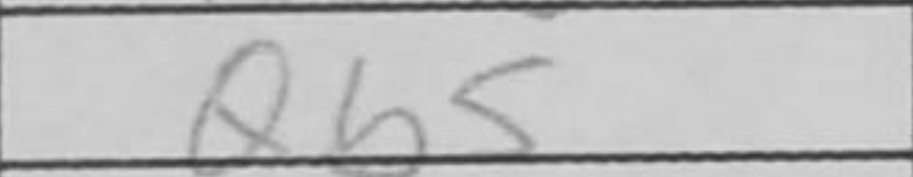
Transcription: Qb5